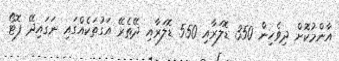
އާންމުކޮށް ދިވެހިން 350 ޑޮލަރާއި 550 ޑޮލަރާއި ދޭތެރޭ އަގުތަކެއްގައި ނަގައިދޭ ފޮޓޯ